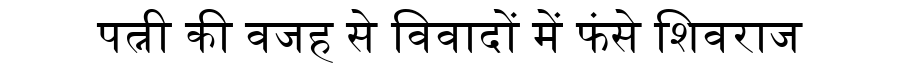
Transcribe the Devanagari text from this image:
पत्नी की वजह से विवादों में फंसे शिवराज